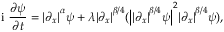
\textnormal { i } \frac { \partial \psi } { \partial t } = { \lvert { \partial _ { x } } \rvert } ^ { \alpha } \psi + \lambda { \lvert { \partial _ { x } } \rvert } ^ { \beta / 4 } ( { \big \lvert { \lvert { \partial _ { x } } \rvert } ^ { \beta / 4 } \psi \big \rvert } ^ { 2 } { \lvert { \partial _ { x } } \rvert } ^ { \beta / 4 } \psi ) ,